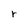
Character: r